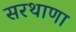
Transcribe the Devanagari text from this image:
सरथाणा